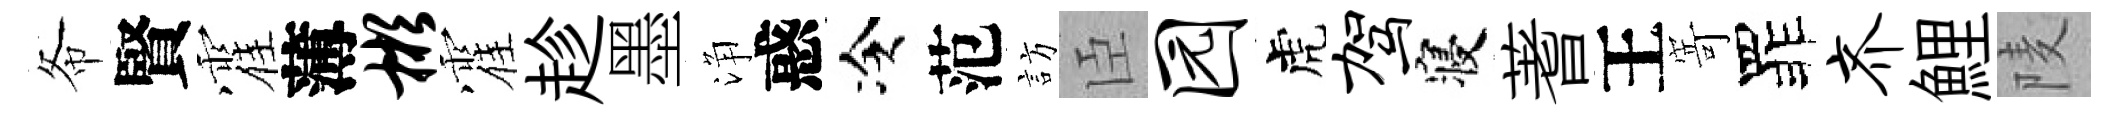
𢁙賢霍薄彬霍趁墨浄惑冷范訪臣园虎驾寝蓍王𭔃罪齐鯉𨹧